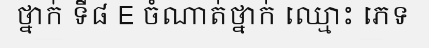
ថ្នាក់ ទី៨ E ចំណាត់ថ្នាក់ ឈ្មោះ ភេទ